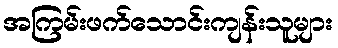
အကြမ်းဖက်သောင်းကျန်းသူများ